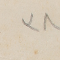
٣٨